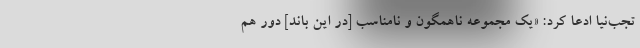
تجب‌نیا ادعا کرد: «یک مجموعه ناهمگون و نامناسب [در این باند] دور هم